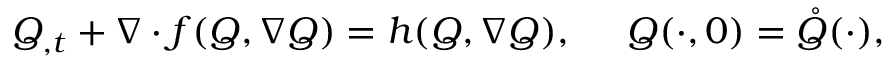
Q _ { , t } + \nabla \cdot f ( Q , \nabla Q ) = h ( Q , \nabla Q ) , \; \; \; \; \; Q ( \cdot , 0 ) = \mathring { Q } ( \cdot ) ,